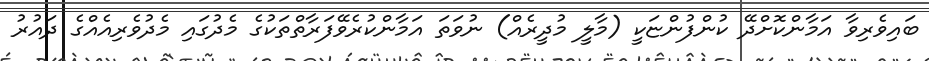
ބައިވެރިވާ އަމާންކޮށްދޭ ކުންފުންޏަކީ (މާލީ މުދީރެއް) ނުވަތަ އަމާންކުރެވޭފަރާތްތަކުގެ މެދުގައި މެދުވެރިއެއްގެ ދައުރު